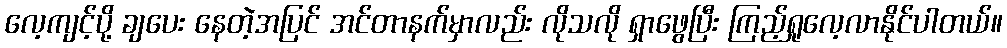
လေ့ကျင့်ပို့ ချပေး နေတဲ့အပြင် အင်တာနက်မှာလည်း လိုသလို ရှာဖွေပြီး ကြည့်ရှုလေ့လာနိုင်ပါတယ်။